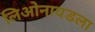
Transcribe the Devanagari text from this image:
लिओनायडला